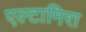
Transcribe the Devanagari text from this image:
एल्टामिरा